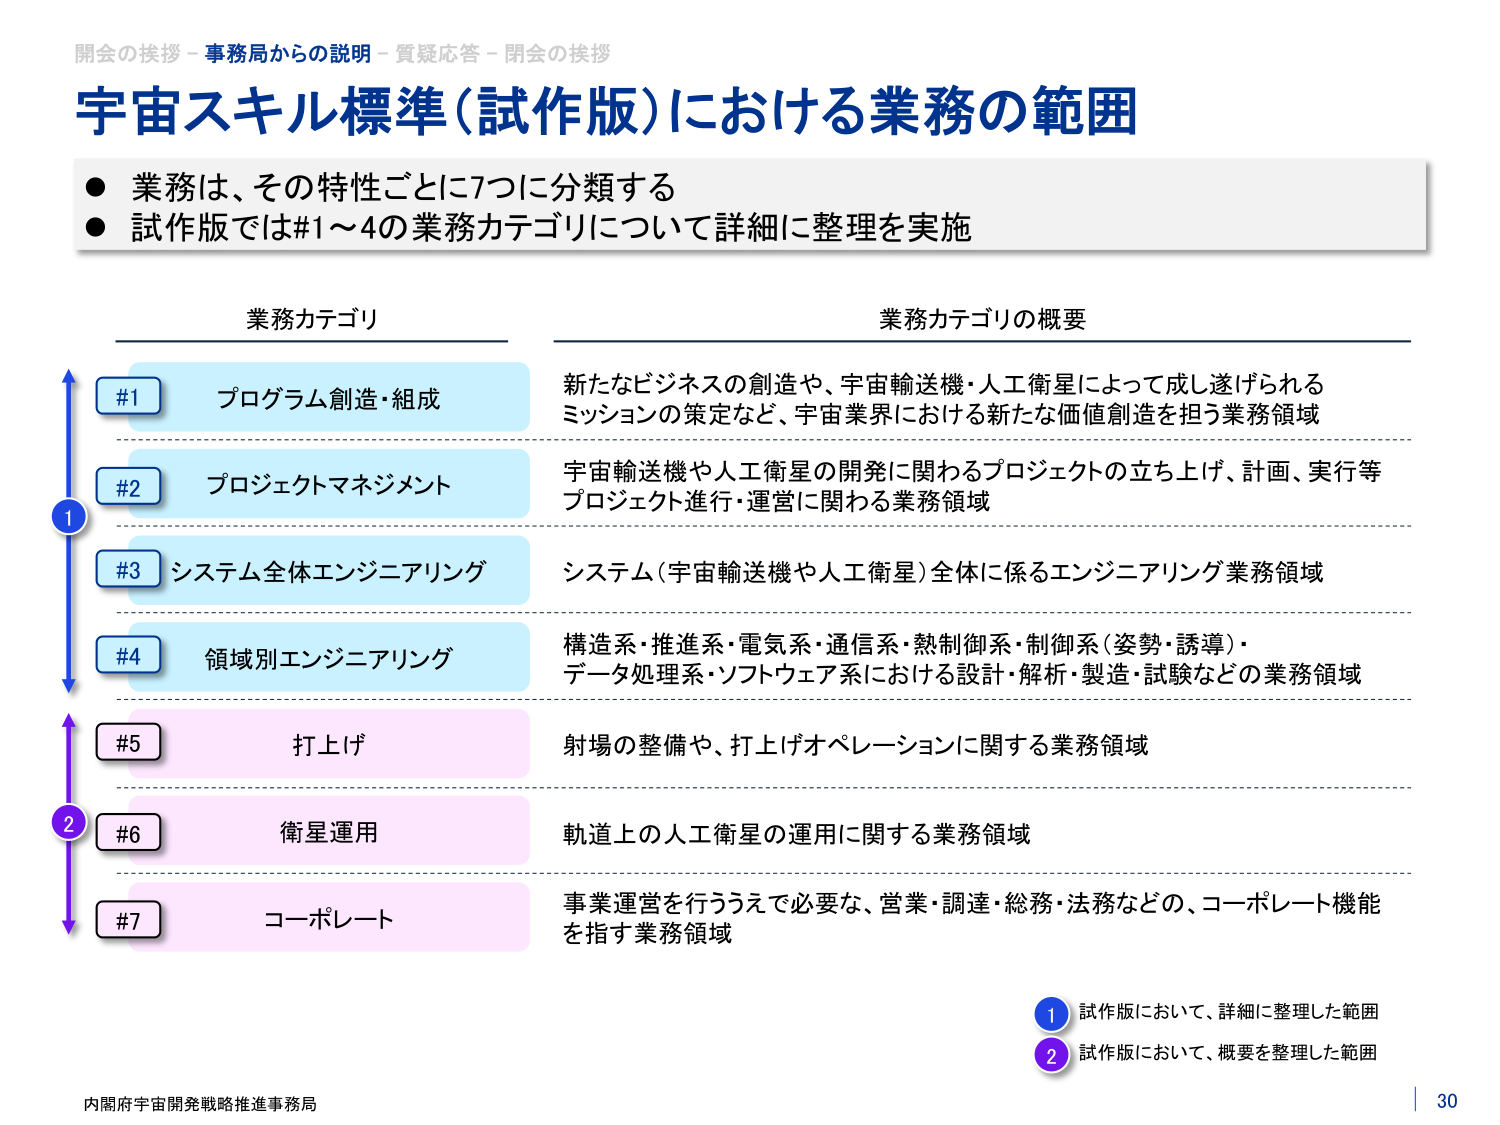
開会の挨拶 - 事務局からの説明 - 質疑応答 - 閉会の挨拶
宇宙スキル標準（試作版）における業務の範囲
● 業務は、その特性ごとに7つに分類する
● 試作版では#1～4の業務カテゴリについて詳細に整理を実施

業務カテゴリ
業務カテゴリの概要

#1 プログラム創造・組成
新たなビジネスの創造や、宇宙輸送機・人工衛星によって成し遂げられるミッションの策定など、宇宙業界における新たな価値創造を担う業務領域

#2 プロジェクトマネジメント
宇宙輸送機や人工衛星の開発に関わるプロジェクトの立ち上げ、計画、実行等プロジェクト進行・運営に関わる業務領域

#3 システム全体エンジニアリング
システム（宇宙輸送機や人工衛星）全体に係るエンジニアリング業務領域

#4 領域別エンジニアリング
構造系・推進系・電気系・通信系・熱制御系・制御系（姿勢・誘導）・データ処理系・ソフトウェア系における設計・解析・製造・試験などの業務領域

#5 打上げ
射場の整備や、打上げオペレーションに関する業務領域

#6 衛星運用
軌道上の人工衛星の運用に関する業務領域

#7 コーポレート
事業運営を行ううえで必要な、営業・調達・総務・法務などの、コーポレート機能を指す業務領域

① 試作版において、詳細に整理した範囲
② 試作版において、概要を整理した範囲

内閣府宇宙開発戦略推進事務局
30